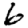
Digit: 6